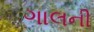
ગાલની